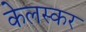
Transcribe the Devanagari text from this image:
केलस्कर